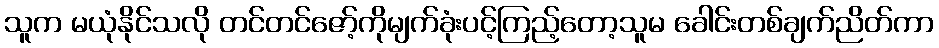
သူက မယုံနိုင်သလို တင်တင်ဇော့်ကိုမျက်ခုံးပင့်ကြည့်တော့သူမ ခေါင်းတစ်ချက်ညိတ်ကာ